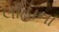
લોહાના